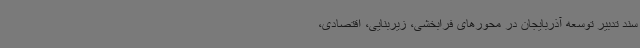
سند تدبیر توسعه آذربایجان در محورهای فرابخشی، زیربنایی، اقتصادی،